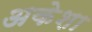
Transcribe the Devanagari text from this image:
अकेशा